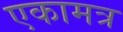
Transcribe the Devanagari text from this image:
एकामत्र